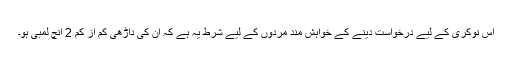
اس نوکری کے لیے درخواست دینے کے خواہش مند مردوں کے لیے شرط یہ ہے کہ ان کی داڑھی کم از کم 2 انچ لمبی ہو۔